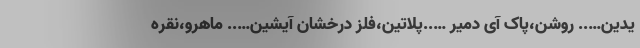
یدین….. روشن،پاک آی دمیر …..پلاتین،فلز درخشان آیشین….. ماهرو،نقره